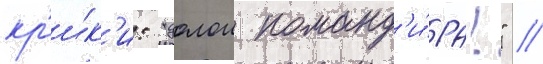
кр'и́к'и: "долои команд'и́ра!" //